Provision of milk for school children, 1934
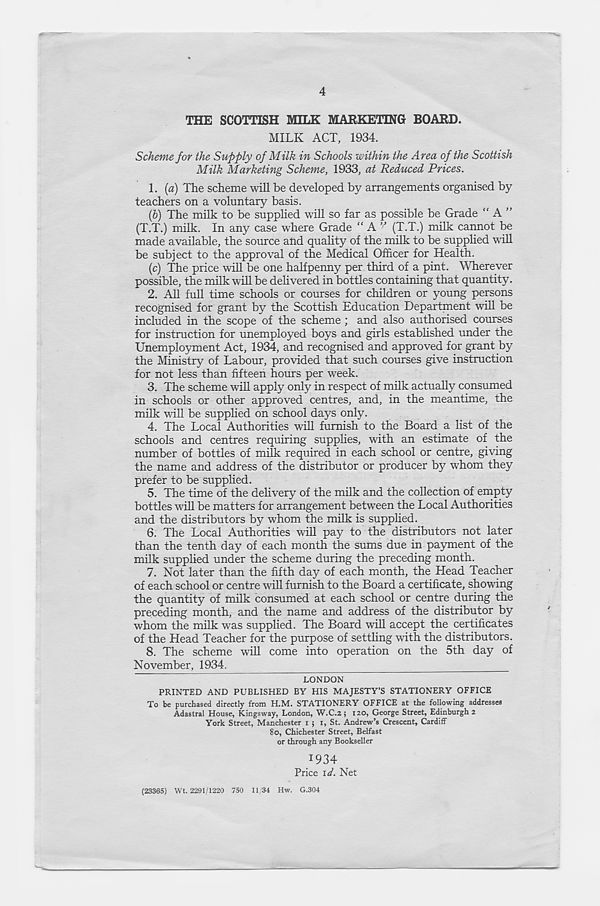
4
THE SCOTTISH MILK MARKETING BOARD.
MILK ACT, 1934.
Scheme for the Supply of Milk in Schools within the Area of the Scottish
Milk Marketing Scheme, 1933, at Reduced Prices.
1. {a) The scheme will be developed by arrangements organised by
teachers on a voluntary basis.
(h) The milk to be supplied will so far as possible be Grade “A”
(T.T.) milk. In any case where Grade “ A (T.T.) milk cannot be
made available, the source atid quality of the milk to be supplied will
be subject to the approval of the Medical Officer for Health.
(c) The price will be one halfpenny per third of a pint. Wherever
possible, the milk will be delivered in bottles containing that quantity.
2. All full time schools or courses for children or young persons
recognised for grant by the Scottish Education Department will be
included in the scope of the scheme ; and also authorised courses
for instruction for unemployed boys and girls established under the
Unemployment Act, 1934, and recognised and approved for grant by
the Ministry of Labour, provided that such courses give instruction
for not less than fifteen hours per week.
3. The scheme will apply only in respect of milk actually consumed
in schools or other approved centres, and, in the meantime, the
milk will be supplied on school days only.
4. The Local Authorities will furnish to the Board a list of the
schools and centres requiring supplies, with an estimate of the
number of bottles of milk required in each school or centre, giving
the name and address of the distributor or producer by whom they
prefer to be supplied.
5. The time of the delivery of the milk and the collection of empty
bottles will be matters for arrangement between the Local Authorities
and the distributors by whom the milk is supplied.
6. The Local Authorities will pay to the distributors not later
than the tenth day of each month the sums due in payment of the
milk supplied under the scheme during the preceding month.
7. Not later than the fifth day of each month, the Head Teacher
of each school or centre will furnish to the Board a certificate, showing
the quantity of milk consumed at each school or centre during the
preceding month, and the name and address of the distributor by
whom the milk was supplied. The Board will accept the certificates
of the Head Teacher for the purpose of settling with the distributors.
8. The scheme will come into operation on the 5th day of
November, 1934.
LONDON
PRINTED AND PUBLISHED BY HIS MAJESTY’S STATIONERY OFFICE
To be purchased directly from H.M. STATIONERY OFFICE at the following addresses
Adastral House, Kingsway, London, W.C.2; 120, George Street, Edinburgh 2
York Street, Manchester 1 ; 1, St. Andrew’s Crescent, Cardiff
80, Chichester Street, Belfast
or through any Bookseller
1934
Price id. Net
(23365) Wt. 2291/1220 750 11/34 Hw. G.304